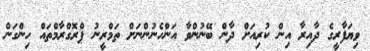
ވިޔަފާރީގެ ދާއިރާ އިން ކުރިއަށް ދާން ބޭނުންވާ އަންހެނުންނަށް ތަމްރީނު ޕްރޮގްރާމްތައް ހިންގަން